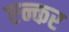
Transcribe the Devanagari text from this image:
एन्कर